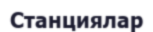
Станциялар